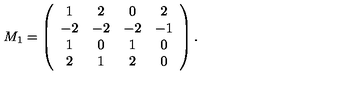
M _ { 1 } = \left( \begin{array} { c c c c } { 1 } & { 2 } & { 0 } & { 2 } \\ { - 2 } & { - 2 } & { - 2 } & { - 1 } \\ { 1 } & { 0 } & { 1 } & { 0 } \\ { 2 } & { 1 } & { 2 } & { 0 } \\ \end{array} \right) .